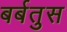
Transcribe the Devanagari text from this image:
बर्बतुस